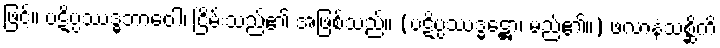
ဖြင့်။ ပဋိပ္ပဿဒ္ဓဘာဝေါ၊ ငြိမ်းသည်၏ အဖြစ်သည်။ (ပဋိပ္ပဿဒ္ဓဋ္ဌော၊ မည်၏။) ဖလာနံသစ္ဆိကိ